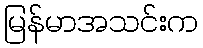
မြန်မာအသင်းက